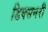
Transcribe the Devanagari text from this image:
डिक्सनरी